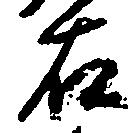
右